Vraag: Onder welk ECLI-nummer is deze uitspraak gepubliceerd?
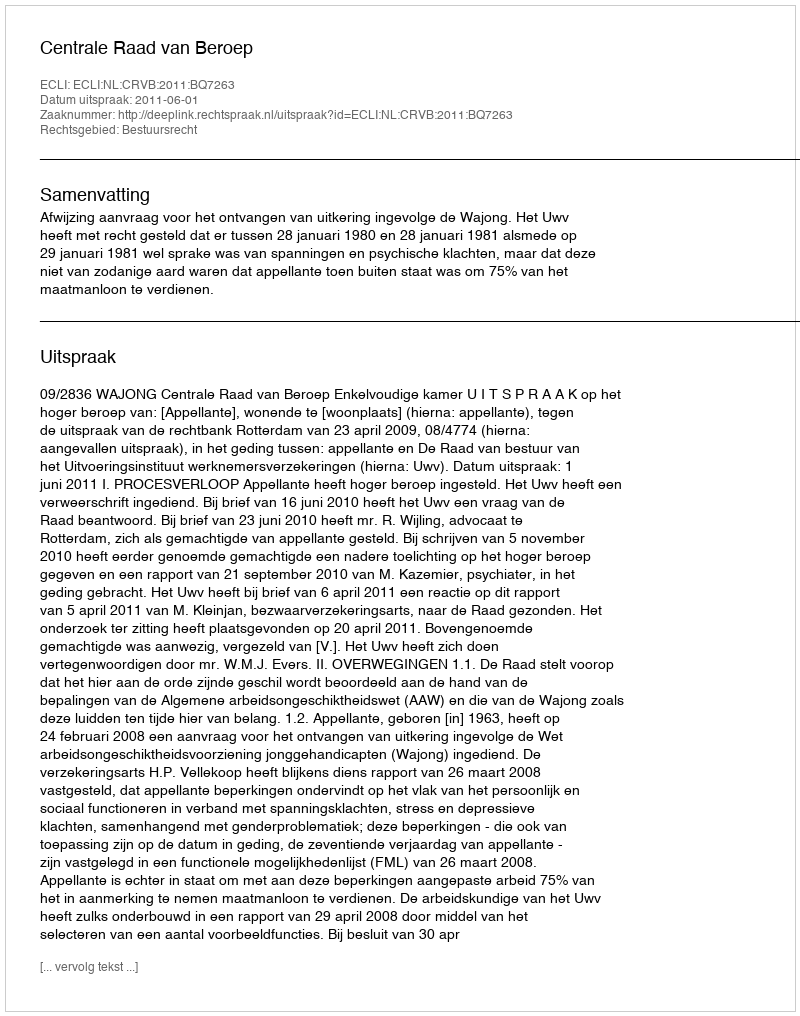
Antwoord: ECLI:NL:CRVB:2011:BQ7263